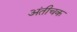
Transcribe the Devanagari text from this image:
अंतीचक